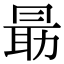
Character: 朂